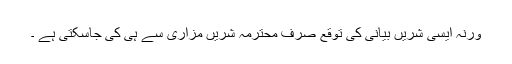
ورنہ ایسی شریں بیانی کی توقع صرف محترمہ شریں مزاری سے ہی کی جاسکتی ہے ۔